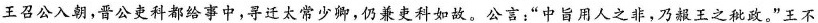
王召公入朝，晋公吏科都给事中，寻迁太常少卿，仍兼吏科如故。公言：”中旨用人之非，乃赧王之秕政。”王不